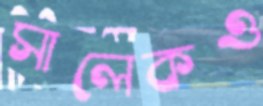
সালেকও